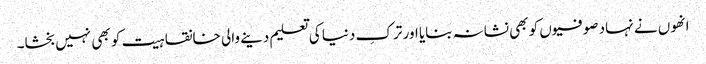
انھوں نے نہاد صوفیوں کو بھی نشانہ بنایا اور ترکِ دنیا کی تعلیم دینے والی خانقاہیت کو بھی نہیں بخشا۔